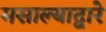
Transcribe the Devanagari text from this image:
मसाल्याद्वारे